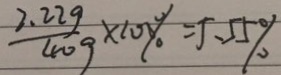
\frac { 2 . 2 2 9 } { 4 0 9 } \times 1 0 0 \% = 5 . 5 5 \%